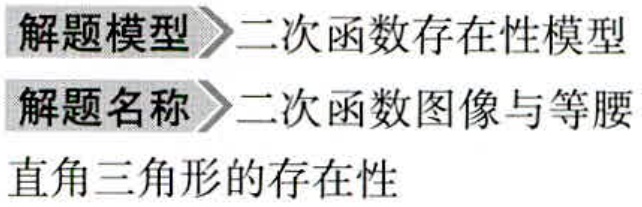
解题模型$\rhd$二次函数存在性模型
解题名称$\rhd$二次函数图像与等腰直角三角形的存在性